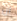
ان